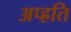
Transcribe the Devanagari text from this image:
अप्ह्रति